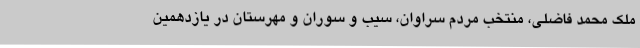
ملک محمد فاضلی، منتخب مردم سراوان، سیب و سوران و مهرستان در یازدهمین